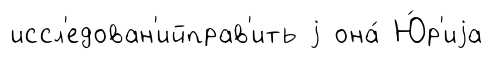
иссл'едован'ийправ'ить j она́ Ю́р'иjа